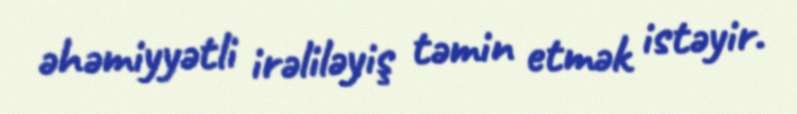
əhəmiyyətli irəliləyiş təmin etmək istəyir.